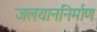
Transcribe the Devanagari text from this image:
जलयाननिर्माण